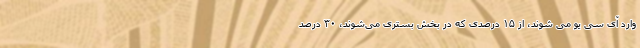
وارد آی سی یو می شوند، از ۱۵ درصدی که در بخش بستری می‌شوند، ۳۰ درصد